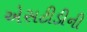
એસટીડીની